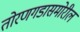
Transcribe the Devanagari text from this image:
तोरणगडासमोरील